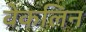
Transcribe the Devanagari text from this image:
वेकलिन